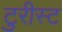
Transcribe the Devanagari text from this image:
टुरीस्ट